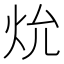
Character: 𪸗